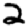
Digit: 2